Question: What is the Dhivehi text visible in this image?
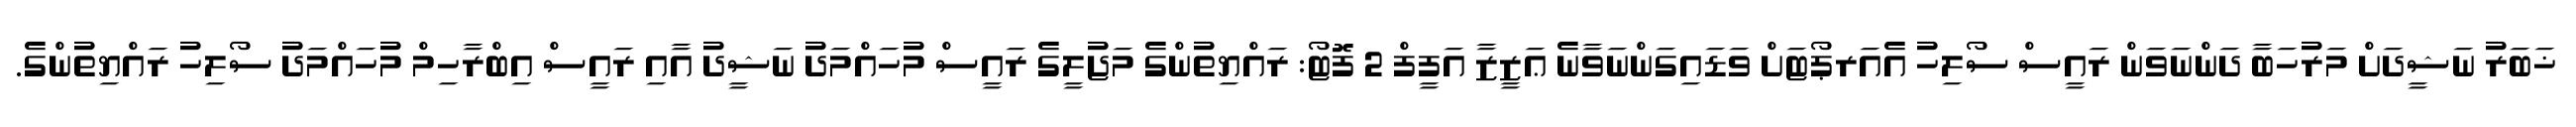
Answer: ޚަބަރު ނަޝީދަށް މަރުހަބާ ދަންނަވަން ރައީސް ސޯލިހު އެއަރޕޯޓަށް ވަޑައިގަންނަވާނެ ޢަޒީޒާ އަފީފް 2 ފޮޓޯ: ރައްޔިތުންގެ މަޖުލީގެ ރައީސް މުހައްމަދު ނަޝީދު އާއި ރައީސް އިބްރާހިމް މުހައްމަދު ސޯލިހު ރައްޔިތުންގެ.